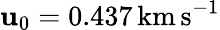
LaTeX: \mathbf{u}_{0}=0.437\, \mathrm{{km\, s}}^{-1}